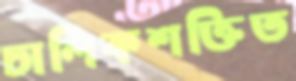
চালিকশক্তিত